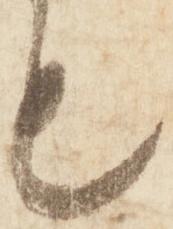
も